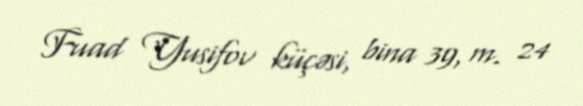
Fuad Yusifov küçəsi, bina 39, m. 24